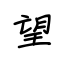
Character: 望